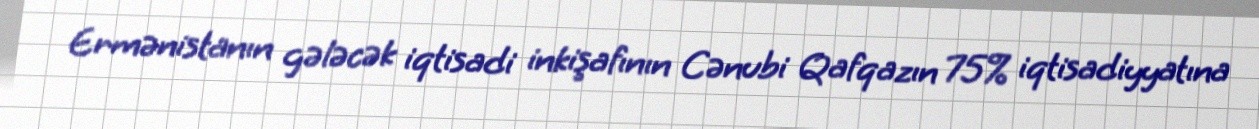
Ermənistanın gələcək iqtisadi inkişafının Cənubi Qafqazın 75% iqtisadiyyatına